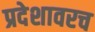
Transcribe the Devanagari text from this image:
प्रदेशावरच